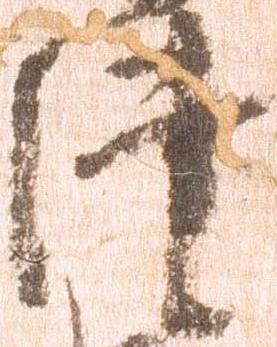
津